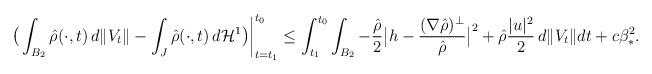
LaTeX: \begin{align*}\left.\big(\int_{B_2}{\hat\rho}(\cdot,t)\, d\|V_t\|-\int_J{\hat\rho}(\cdot,t)\, d{\mathcal H}^1\big)\right|_{t=t_1}^{t_0}\leq \int_{t_1}^{t_0}\int_{B_2}-\frac{\hat\rho}{2}\big|h-\frac{(\nabla{\hat\rho})^{\perp}}{\hat\rho}\big|^2+{\hat\rho}\frac{|u|^2}{2}\, d\|V_t\|dt+c\beta_*^2.\end{align*}